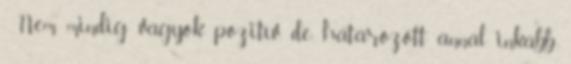
„ Nem mindig vagyok pozitív, de határozott annál inkább,